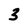
Character: 3